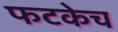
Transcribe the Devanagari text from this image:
फटकेच